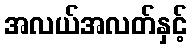
အလယ်အလတ်နှင့်